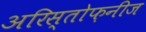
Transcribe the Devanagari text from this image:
अरिस्तोफ़नीज